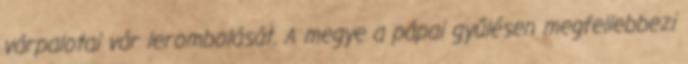
várpalotai vár lerombolását. A megye a pápai gyűlésen megfellebbezi